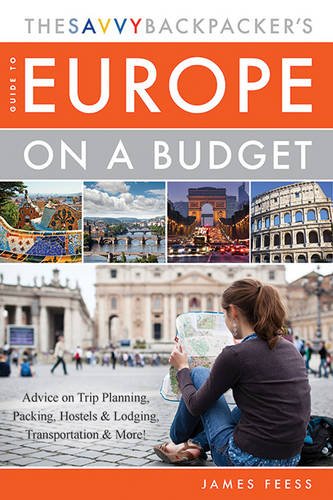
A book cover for The Savvy BackpackerEEs Guide to Europe on a Budget: Advice on Trip Planning, Packing, Hostels & Lodging, Transportation & More!; James Feess; Travel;